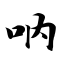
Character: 呐